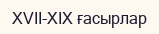
XVII-XIX ғасырлар